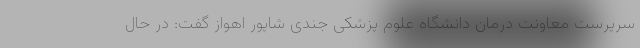
سرپرست معاونت درمان دانشگاه علوم پزشکی جندی شاپور اهواز گفت: در حال